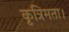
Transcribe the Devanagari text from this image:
कृत्रिमता।